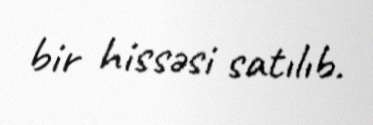
bir hissəsi satılıb.